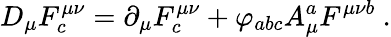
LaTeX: D_{\mu}F_{c}^{\mu\nu}=\partial_{\mu}F_{c}^{\mu\nu}+\varphi_{abc}A_{\mu}^{a}F^{\mu\nu b}~.